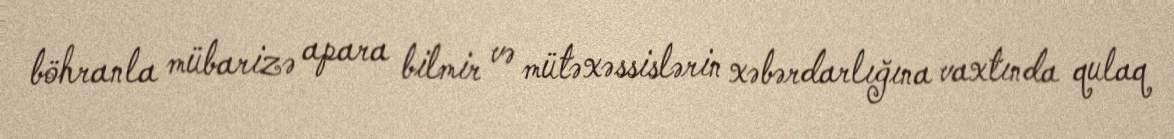
böhranla mübarizə apara bilmir və mütəxəssislərin xəbərdarlığına vaxtında qulaq